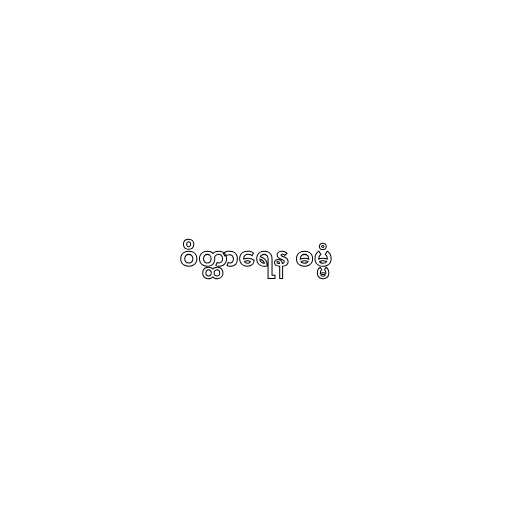
ဝိတ္ထာရေန ဓမ္မံ